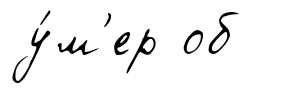
у́м'ер об